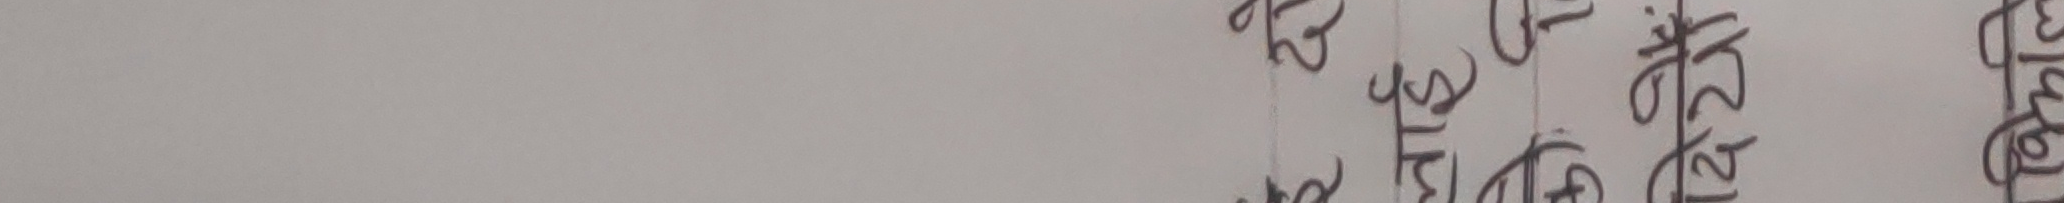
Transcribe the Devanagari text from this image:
फाल्गुण २५ १२ बुधवार